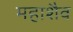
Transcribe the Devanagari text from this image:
महाशैव